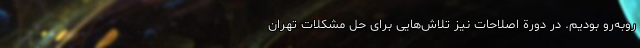
روبه‌رو بودیم. در دورة اصلاحات نیز تلاش‌هایی برای حل مشکلات تهران